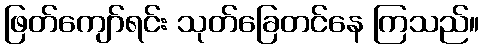
ဖြတ်ကျော်ရင်း သုတ်ခြေတင်နေ ကြသည်။